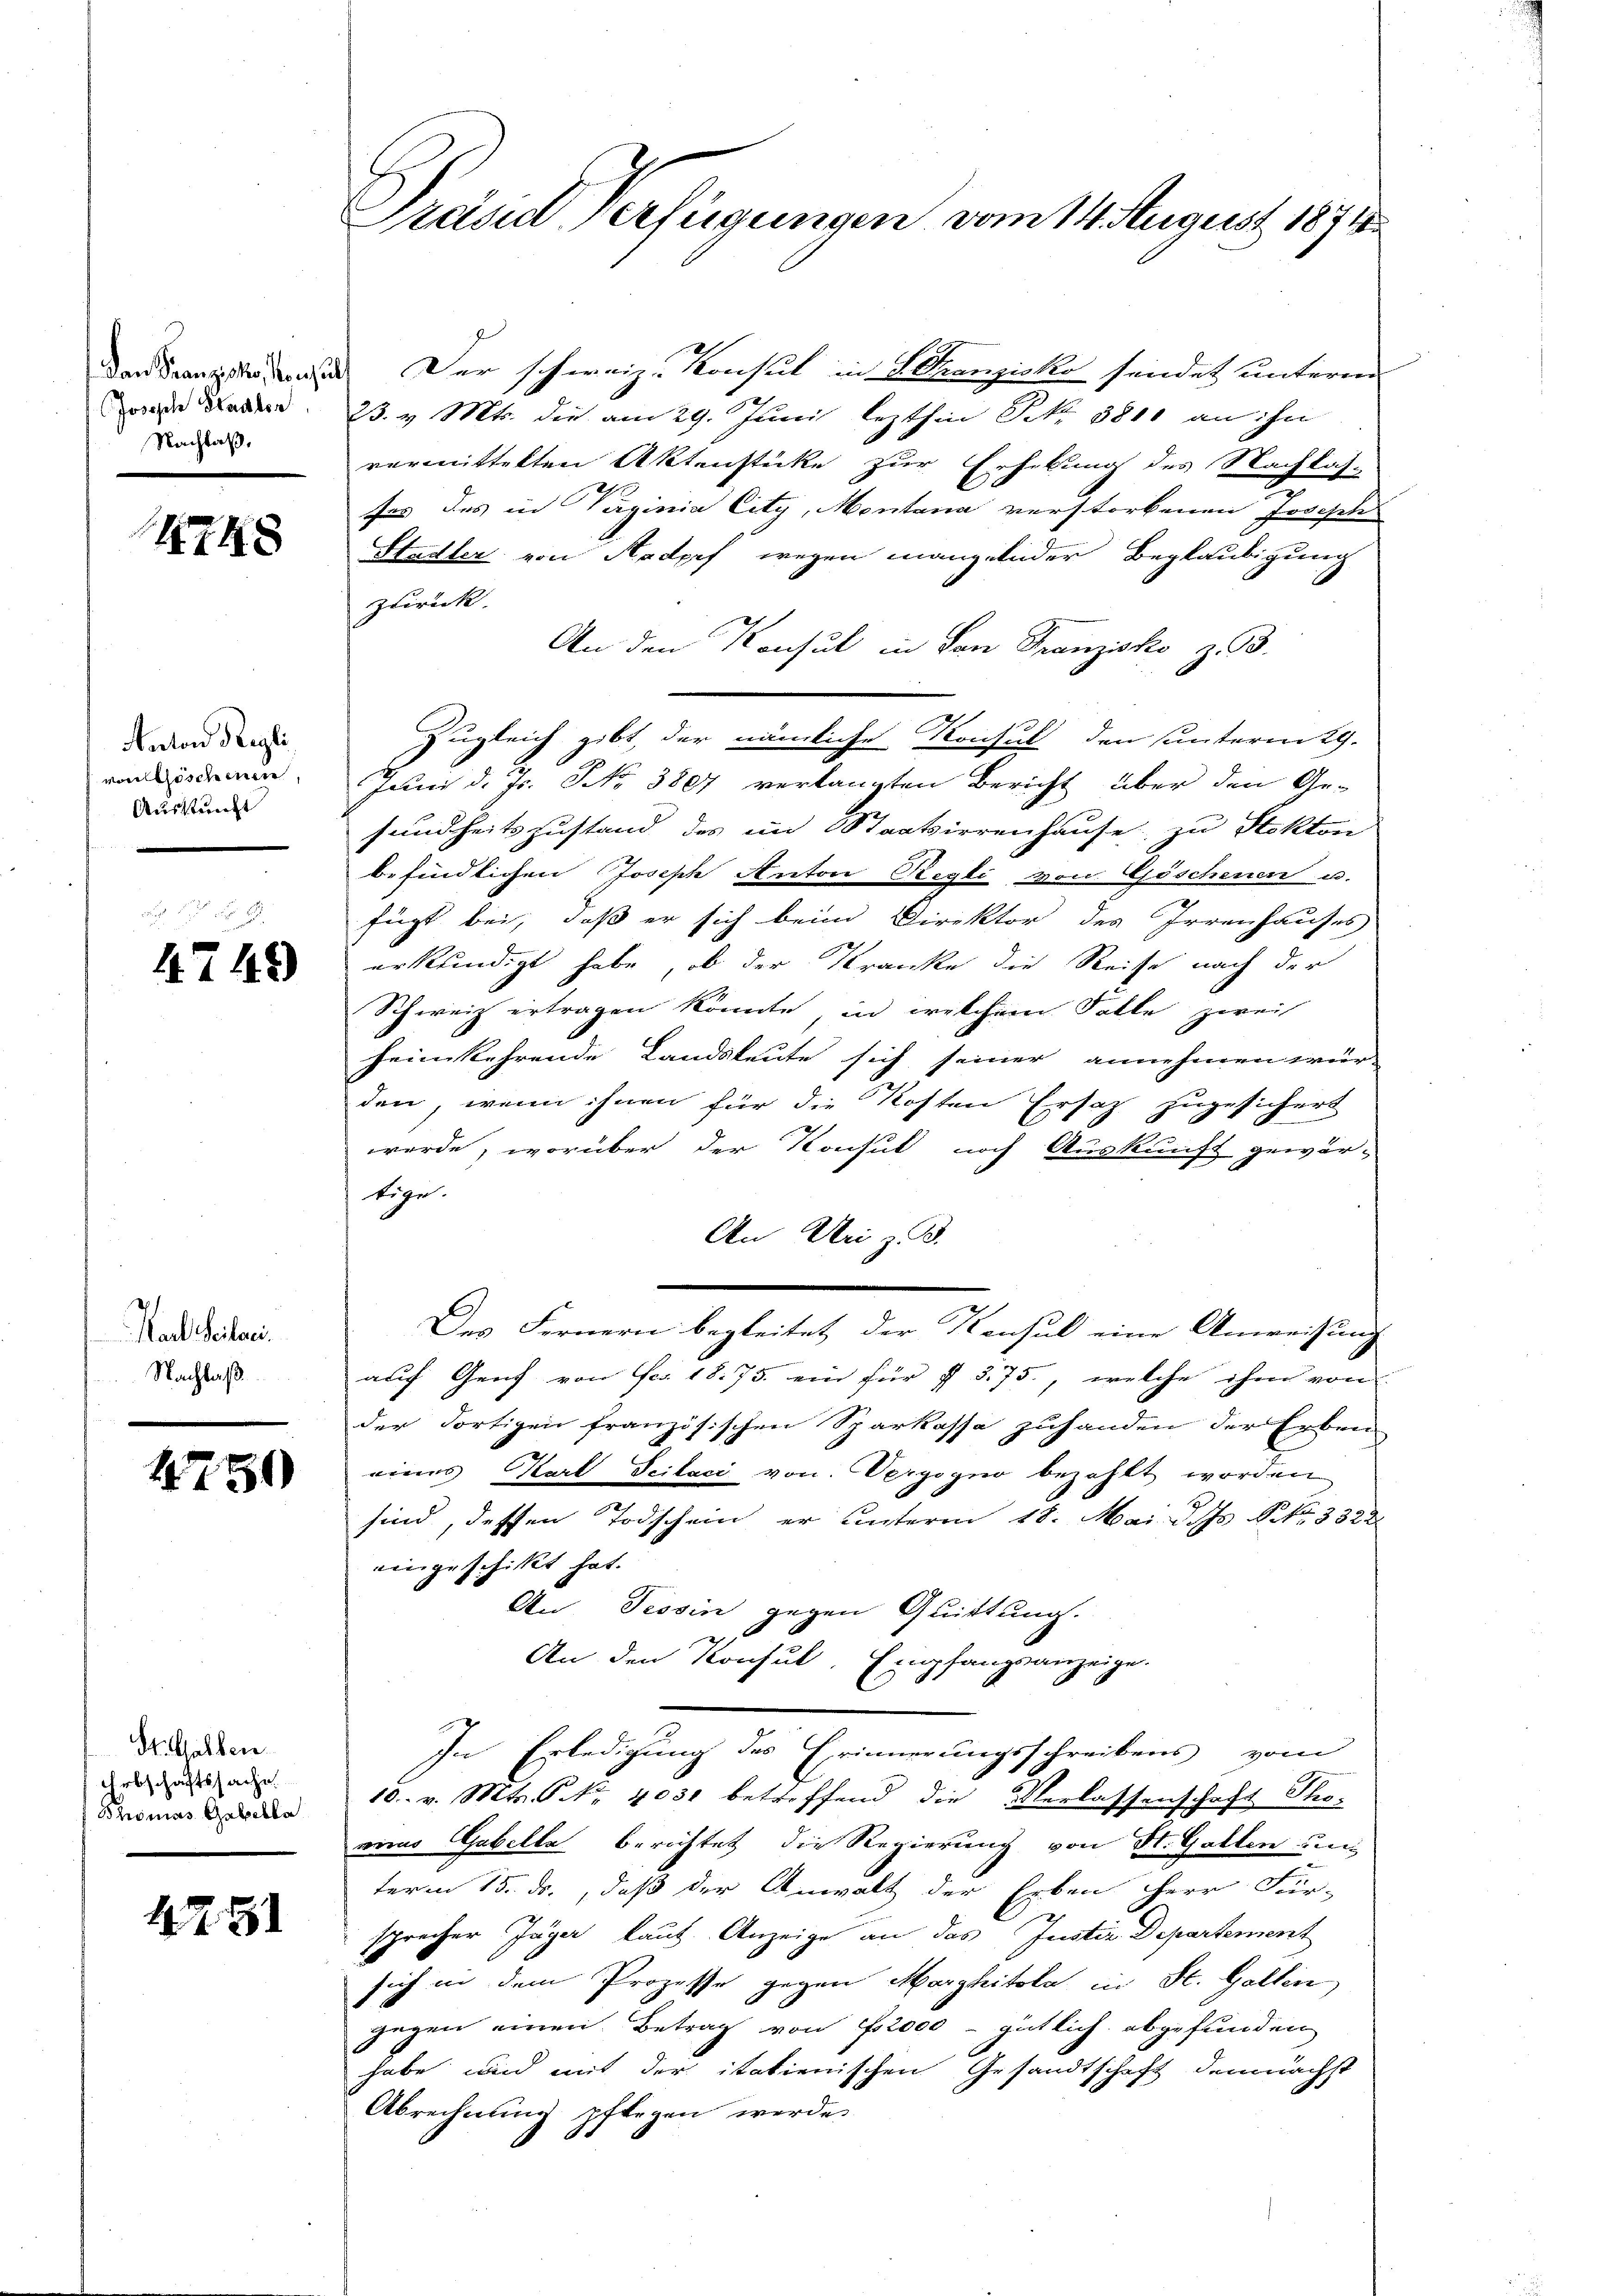
Dan Franzosis Konsul
Joseph Stadler
Nachlaß.

1748

Anton Regli
von Göschen,
Auskunft

.
4749

Karl Seilen.
Nachlaß

1750

St. Gallen.
Arbschaftssache.
Thomas Gabella

1251

Präsid Verfügungen vom 14. August 1874

Der schweiz. Konsul in S. Franzisko sendet unterm
23. v. Mts. die am 29. Juni lezthin Nr. 3810 an ihn
vermittelten Aktenstücke zur Erhebung des Nachlas-
fes des in Verginia City, Montana verstorbenen Joseph
Stadler von Kadpef wegen mangelnder Beglaubigung
zurück.
An den Konsul in San Franzisko z. B.
Juni d. Js. NNo. 3807 verlangten Bericht über den Ge-
sundheitszustand des im Staatsirrenhause zu Hekton
befindlichen Joseph Anton Regli von Göschenen u.
fügt bei, daß er sich beim Direktor des Irrenhauses
erkundigt habe, ob der Kranke die Reise nach der
Schweiz ertragen könnte, in welchem Falle zwei
heimkehrende Landsleute sich seiner annehmen wür-
den, wenn ihnen für die Kosten Ersatz zugesichert
werde, worüber der Konsul noch Auskunft gewär-
tige.
An Uri z. B.
Des Fernern begleitet der Konsul eine Anweisung
auf Genf von Fr. 1875. ein für § 575., welche ihm von
der Fortigen französischen Sparkassa zuhanden der Erben
eines Karl Scilaci von Vergogno bezahlt worden
sind, dessen Todschein er unterm 18. Mai d. Js. No 332
eingeschickt hat.
An Tessin gegen Quittung.
An den Konsul, Empfangsanzeige.
In Erledigung des Erinnerungsschreibens vom
10. v. Mts. S. Nr. 4031 betreffend die Verlassenschaft Thoeines Gabelle berichtet die Regierung von St. Gallen un
term 15. ds., daß der Anwalt der Erben HHerr Für-
sprecher Jäger laut Anzeige an das Justiz-Departement
sich in dem Prozesse gegen Morghitola in St. Gallen,
gegen einen Betrag von f. 2000 - gütlich abgefunden
habe und mit der itationischen Gesandtschaft demnächst
Abrechnung pflegen werde

Zugleich gibt, der nämliche Konsul den unterm 29.